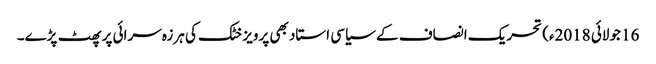
16 جولائی 2018ء) تحریک انصاف کے سیاسی استاد بھی پرویز خٹک کی ہرزہ سرائی پر پھٹ پڑے۔